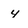
Character: y